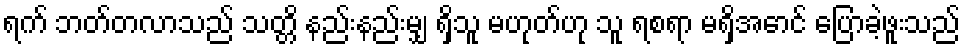
ရက် ဘတ်တလာသည် သတ္တိ နည်းနည်းမျှ ရှိသူ မဟုတ်ဟု သူ ရစရာ မရှိအောင် ပြောခဲ့ဖူးသည်